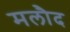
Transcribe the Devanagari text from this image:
मलौद